Annual vaccination report of Bihar and Orissa - 1911-1928
Year: 1911
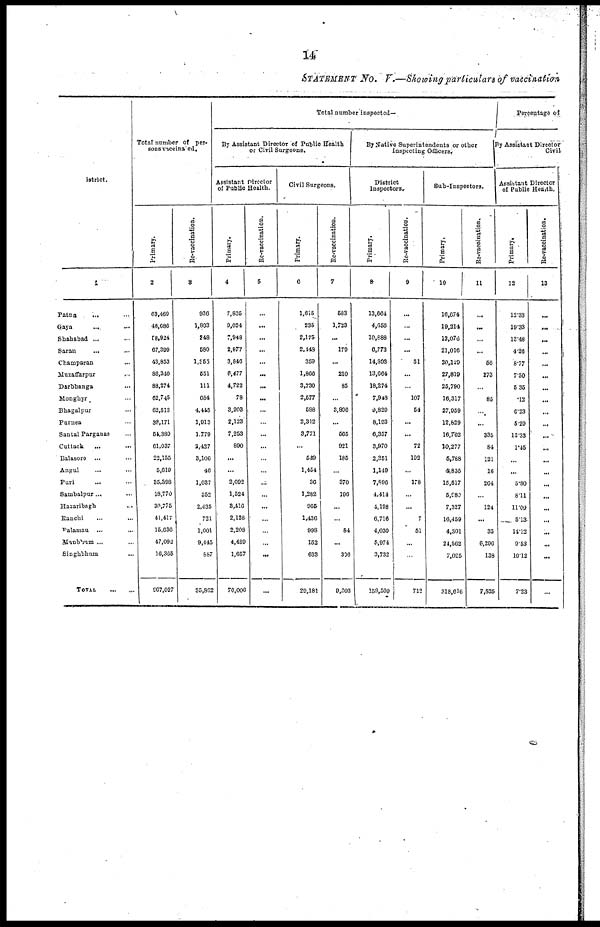
14
STATEMENT No. V.—Showing particulars of vaccination
District.
1
Patna
... ...
Gaya
... ...
Shahabad ... ...
Saran ... ...
Champaran ...
Muzaffarpur ...
Darbhanga ...
Monghyr ...
Bhagalpur ...
Purnea ...
Santal Parganas ...
Cuttack ... ...
Balasore ... ...
Angul ... ...
Puri ... ...
Sambalpur ... ...
Hazaribagh ... ...
Ranchi ... ...
Palamau ... ...
Manbhum ... ...
Singhbhum ...
TOTAL
...
...
Total number of per-
sons vaccinated.
Primary.
2
63,469
46,686
58,924
67,399
43,853
86,340
88,274
62,745
62,513
38,171
54,389
61,037
22,155
5,619
35,398
18,770
39,775
41,417
15,636
47,092
16,365
967,027
Re-vaccination.
3
936
1,803
248
580
1,355
551
111
684
4,445
1,913
1,779
2,427
3,106
46
1,037
352
2,435
721
1,001
9,445
887
35,862
Total number inspected—
By Assistant Director of Public Health
or Civil Surgeons.
Assistant Director
of Public Health.
Primary.
4
7,835
9,024
7,948
2,877
3,846
6,477
4,722
78
3,903
2,123
7,253
890
...
...
2,092
1,524
3,416
2,128
2,208
4,489
1,657
70,006
Re-vaccination.
5
...
...
...
...
...
...
...
...
...
...
...
...
...
...
...
...
...
...
...
...
...
...
Civil Surgeons.
Primary.
6
1,615
235
2,175
2,448
359
1,866
3,730
2,577
588
2,312
3,771
...
549
1,454
36
1,282
965
1,436
998
152
633
29,181
Re-vaccination.
7
583
1,723
...
179
...
210
85
...
3,896
...
565
921
185
...
370
196
...
...
84
...
306
9,303
By Native Superintendents or other
Inspecting Officers.
District
Inspectors.
Primary.
8
13,664
4,656
10,888
6,773
14,893
13,664
18,274
7,948
9,829
8,193
6,357
3,970
2,351
1,149
7,896
4,414
4,198
6,716
4,030
5,974
3,732
159,569
Re-vaccination.
9
...
...
...
...
51
...
...
107
54
...
...
72
192
...
178
...
...
7
51
...
...
712
Sub-Inspectors.
Primary.
10
16,674
19,214
12,076
21,016
20,129
27,819
25,790
16,317
27,959
12,829
16,702
10,277
5,788
4,855
15,517
5,980
7,327
16,459
4,301
24,562
7,025
318,616
Re-vaccination.
11
...
...
...
...
56
273
...
85
...
...
335
84
121
16
264
...
124
...
33
6,296
138
7,825
Percentage of
By Assistant Director
Civil
Assistant Director
of Public Health.
Primary.
12
12.33
19.33
13.48
4.26
8.77
7.50
5.35
.12
6.23
5.29
13.33
1.45
...
...
5.80
8.11
11.09
5.13
14.12
9.53
19.12
7.23
Re-vaccination.
13
...
...
...
...
...
...
...
...
...
...
...
...
...
...
...
...
...
...
...
...
...
...